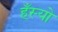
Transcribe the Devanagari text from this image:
हँस्‍यो